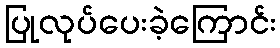
ပြုလုပ်ပေးခဲ့ကြောင်း